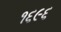
૧૬૯૬